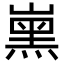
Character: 𡼡